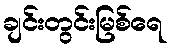
ချင်းတွင်းမြစ်ရေ